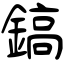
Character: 鎬